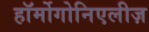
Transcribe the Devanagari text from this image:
हॉर्मोगोनिएलीज़